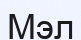
Мэл